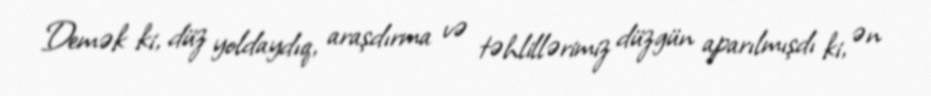
Demək ki, düz yoldaydıq, araşdırma və təhlillərimiz düzgün aparılmışdı ki, ən